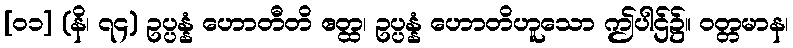
[၀၁] (နိ၊ ၇၄) ဥပ္ပန္နံ ဟောတီတိ ဧတ္ထ၊ ဥပ္ပန္နံ ဟောတိဟူသော ဤပါဌ်၌။ ဝတ္တမာန၊